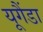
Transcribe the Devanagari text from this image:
यूगैंडा